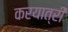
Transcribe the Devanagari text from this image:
करयात्री